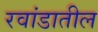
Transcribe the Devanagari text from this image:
रवांडातील